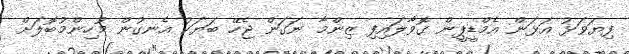
ފިޔަވަޅު އަޅަން އެމްޑީޕީން ގޮވާލައިފި ޒިންމާ ނަގަން ޖެހޭ ބަޔަކު އެނގުން މުހިންމުބޮލަށް